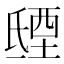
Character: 𣱐